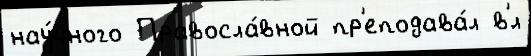
нау́чного Правосла́вной пр'еподава́л в'́л